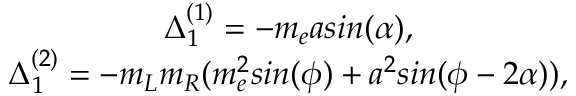
\begin{array} { c } { { \Delta _ { 1 } ^ { ( 1 ) } = - m _ { e } a s i n ( \alpha ) , } } \\ { { \Delta _ { 1 } ^ { ( 2 ) } = - m _ { L } m _ { R } ( m _ { e } ^ { 2 } s i n ( \phi ) + a ^ { 2 } s i n ( \phi - 2 \alpha ) ) , } } \end{array}